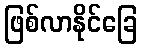
ဖြစ်လာနိုင်ခြေ